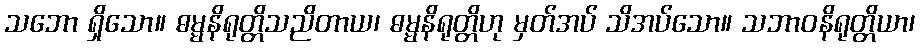
သဘော ရှိသော။ ဓမ္မနိရုတ္တိသညိတာယ၊ ဓမ္မနိရုတ္တိဟု မှတ်အပ် သိအပ်သော။ သဘာဝနိရုတ္တိယာ၊